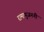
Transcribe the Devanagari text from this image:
रामानुजननी